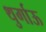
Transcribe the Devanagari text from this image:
थुर्गाऊ